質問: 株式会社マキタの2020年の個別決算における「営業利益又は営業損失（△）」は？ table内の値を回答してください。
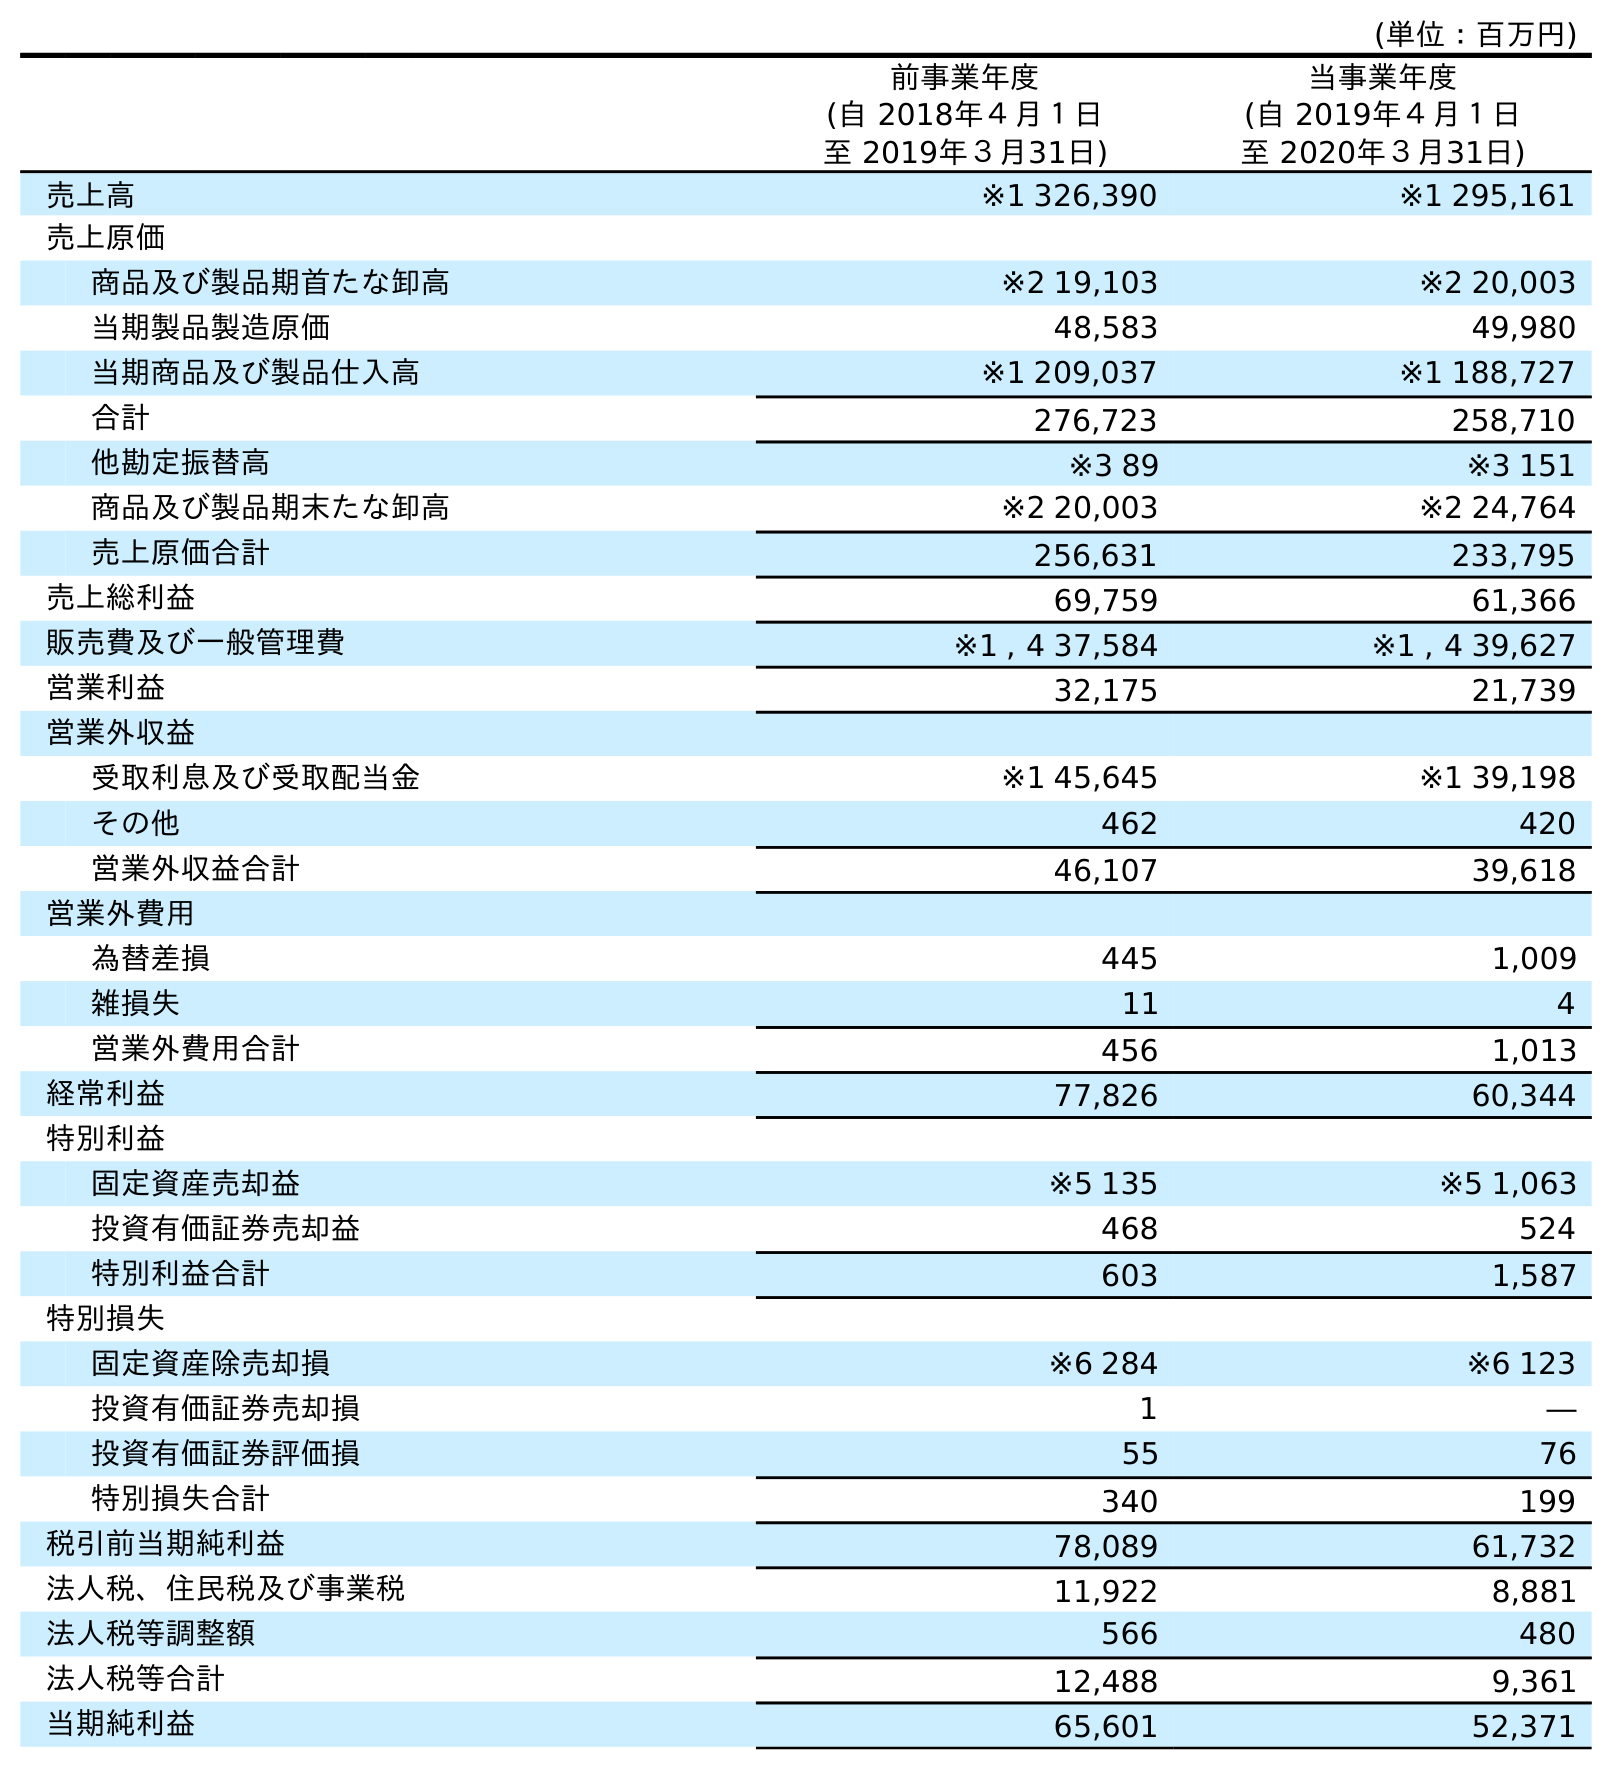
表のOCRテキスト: (単位：百万円) 前事業年度 (自 2018年４月１日 至 2019年３月31日) 当事業年度 (自 2019年４月１日 至 2020年３月31日) 売上高 ※1 326,390 ※1 295,161 売上原価 商品及び製品期首たな卸高 ※2 19,103 ※2 20,003 当期製品製造原価 48,583 49,980 当期商品及び製品仕入高 ※1 209,037 ※1 188,727 合計 276,723 258,710 他勘定振替高 ※3 89 ※3 151 商品及び製品期末たな卸高 ※2 20,003 ※2 24,764 売上原価合計 256,631 233,795 売上総利益 69,759 61,366 販売費及び一般管理費 ※1 , 4 37,584 ※1 , 4 39,627 営業利益 32,175 21,739 営業外収益 受取利息及び受取配当金 ※1 45,645 ※1 39,198 その他 462 420 営業外収益合計 46,107 39,618 営業外費用 為替差損 445 1,009 雑損失 11 4 営業外費用合計 456 1,013 経常利益 77,826 60,344 特別利益 固定資産売却益 ※5 135 ※5 1,063 投資有価証券売却益 468 524 特別利益合計 603 1,587 特別損失 固定資産除売却損 ※6 284 ※6 123 投資有価証券売却損 1 ― 投資有価証券評価損 55 76 特別損失合計 340 199 税引前当期純利益 78,089 61,732 法人税、住民税及び事業税 11,922 8,881 法人税等調整額 566 480 法人税等合計 12,488 9,361 当期純利益 65,601 52,371
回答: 21,739